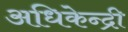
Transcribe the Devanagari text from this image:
अधिकेन्द्री